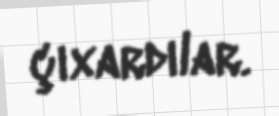
çıxardılar.